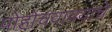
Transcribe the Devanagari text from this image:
पोहोचवावयाचे